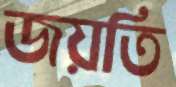
জয়তি